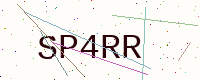
Text: SP4RR